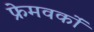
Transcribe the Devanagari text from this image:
फ्रेमवर्कों